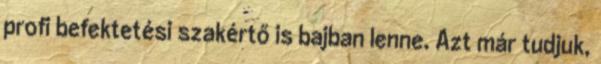
profi befektetési szakértő is bajban lenne. Azt már tudjuk,